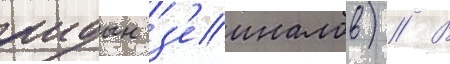
аидын з'еиналов) // В